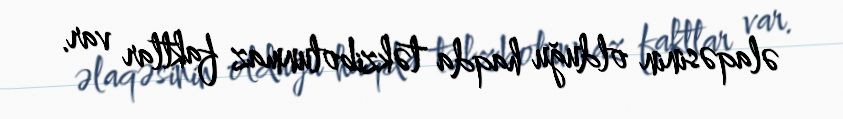
əlaqəsinin olduğu haqda təkzibolunmaz faktlar var.